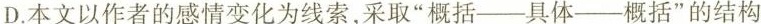
D.本文以作者的感情变化为线索，采取“概括——具体——概括”的结构